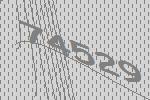
74529